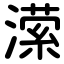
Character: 潆